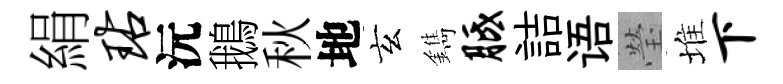
絹玷沅鵝秋地玄鐫胝詰语瑩堆下